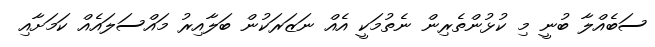
ސަބެއްލާ ބުނީ މި ކުޅުންތެރިން ނެތުމަކީ އެއް ނަޒަރަކުން ބަލާއިރު މައްސަލައެއް ކަމަށާއި